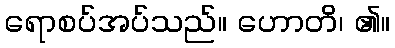
ရောစပ်အပ်သည်။ ဟောတိ၊ ၏။